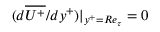
( d \overline { { U ^ { + } } } / { d y ^ { + } } ) | _ { y ^ { + } = R e _ { \tau } } = 0